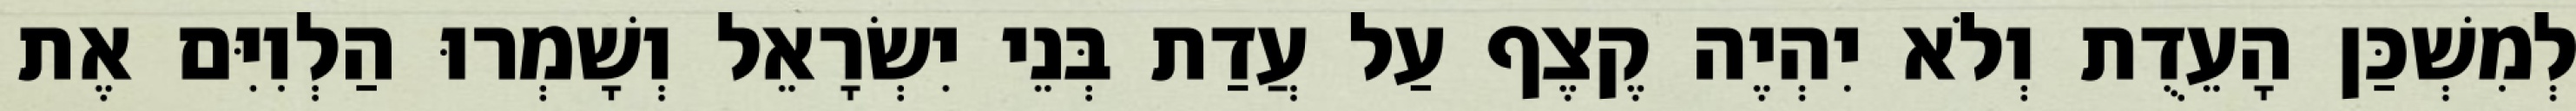
לְמִשְׁכַּן הָעֵדֻת וְלֹא יִהְיֶה קֶצֶף עַל עֲדַת בְּנֵי יִשְׂרָאֵל וְשָׁמְרוּ הַלְוִיִּם אֶת